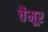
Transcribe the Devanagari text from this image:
चैमूर